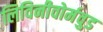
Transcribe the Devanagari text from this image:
लिविनीवोर्मवुड